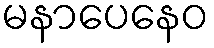
မနာပေနေဝ